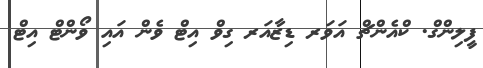
ފީލިންގް. ކްއެންޗް އަަވަރ ޑިޒާއަރ ގިވް އިޓް ވެން އައި ވޯންޓް އިޓް